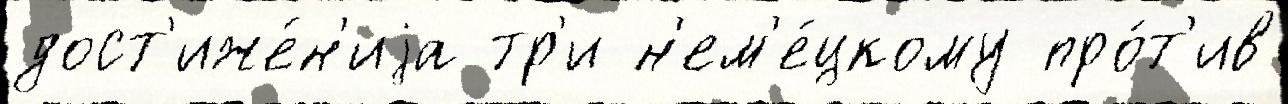
дост'иже́н'иjа тр'и н'ем'е́цкому про́т'ив